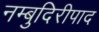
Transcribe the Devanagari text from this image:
नम्बुदिरीपाद